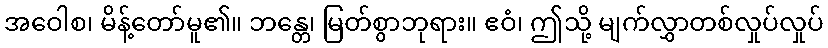
အဝေါစ၊ မိန့်တော်မူ၏။ ဘန္တေ၊ မြတ်စွာဘုရား။ ဧဝံ၊ ဤသို့ မျက်လွှာတစ်လှုပ်လှုပ်